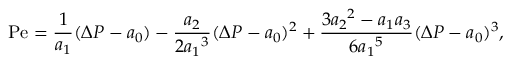
\mathrm { P e } = \frac { 1 } { a _ { 1 } } ( \Delta P - a _ { 0 } ) - \frac { a _ { 2 } } { 2 { a _ { 1 } } ^ { 3 } } ( \Delta P - a _ { 0 } ) ^ { 2 } + \frac { 3 { a _ { 2 } } ^ { 2 } - a _ { 1 } a _ { 3 } } { 6 { a _ { 1 } } ^ { 5 } } ( \Delta P - a _ { 0 } ) ^ { 3 } ,